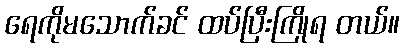
ရေကိုမသောက်ခင် ထပ်ပြီးကြိုရ တယ်။